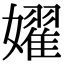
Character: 嬥